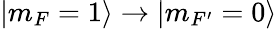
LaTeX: |m_{F}=1\rangle\rightarrow|m_{F^{\prime}}=0\rangle